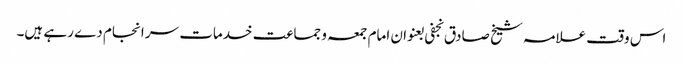
اس وقت علامہ شیخ صادق نجفی بعنوان امام جمعہ و جماعت خدمات سر انجام دے رہے ہیں۔